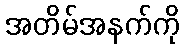
အတိမ်အနက်ကို